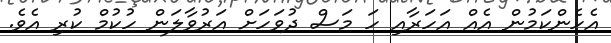
އެހެންކަމުން އެއް އަހަރާއި ހަ މަސް ދުވަހަށް އަރުވާލަން ހުކުމް ކުރި އެވެ.